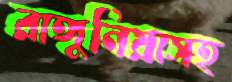
রাঙ্গুনিয়াসহ